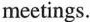
meetings.